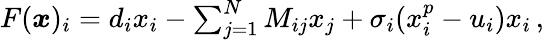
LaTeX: \begin{array}{r}{F({\boldsymbol x})_{i}=d_{i}x_{i}-\sum_{j=1}^{N}M_{ij}x_{j}+\sigma_{i}(x_{i}^{p}-u_{i})x_{i}\, ,}\end{array}